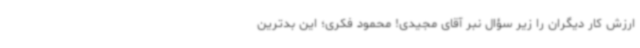
ارزش کار دیگران را زیر سؤال نبر آقای مجیدی! محمود فکری؛ این بدترین